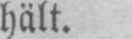
hält.